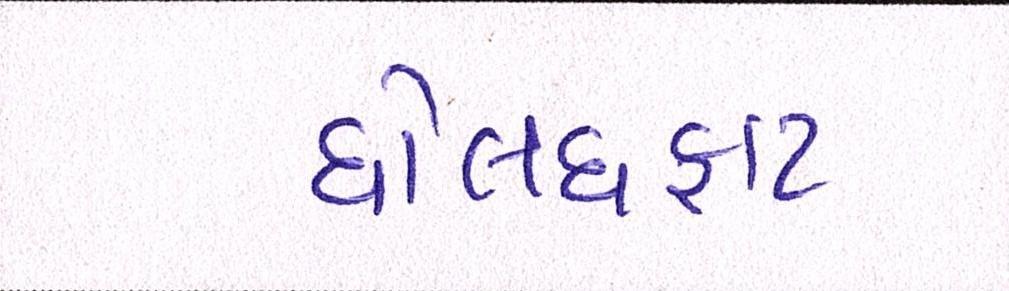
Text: ધોલધફાટ